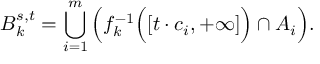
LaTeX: B _ { k } ^ { s , t } = \bigcup _ { i = 1 } ^ { m } { \Bigl ( } f _ { k } ^ { - 1 } { \Bigl ( } [ t \cdot c _ { i } , + \infty ] { \Bigr ) } \cap A _ { i } { \Bigr ) } .